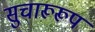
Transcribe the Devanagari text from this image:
सुचारूरूप